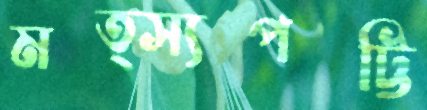
মত্স্যপট্টি